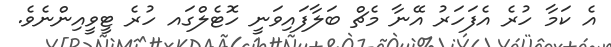
އެ ކަމާ ހުރެ އެފަހަރު އޭނާ މެޗް ބަލާފައިވަނީ ހޮޓެލްގައ ހުރެ ޓީވީއިންނެވެ.